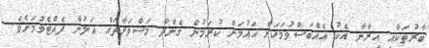
ބާރުތަކާއި އީރާނާ އެކު އެއްބަސްވުމަކަށް އައުމަށް ކުރަމުން ގެންދާ މަޝްވަރާތައް އަލުން ފެއްޓެވުމަށެވެ.